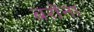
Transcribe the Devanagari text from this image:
बरोंना